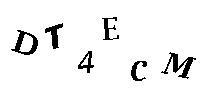
DT4ECM